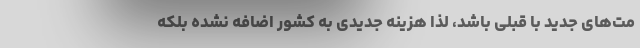
مت‌های جدید با قبلی باشد، لذا هزینه جدیدی به کشور اضافه نشده بلکه